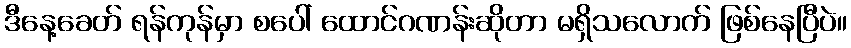
ဒီနေ့ခေတ် ရန်ကုန်မှာ စပေါ် ထောင်ဂဏန်းဆိုတာ မရှိသလောက် ဖြစ်နေပြီပဲ။